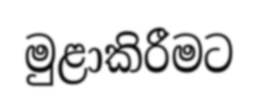
මුළාකිරීමට